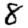
Digit: 8